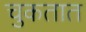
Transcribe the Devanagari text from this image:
चुकतात